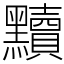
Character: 黷